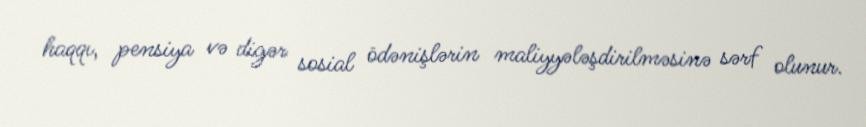
haqqı, pensiya və digər sosial ödənişlərin maliyyələşdirilməsinə sərf olunur.